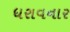
ધરાવનાર